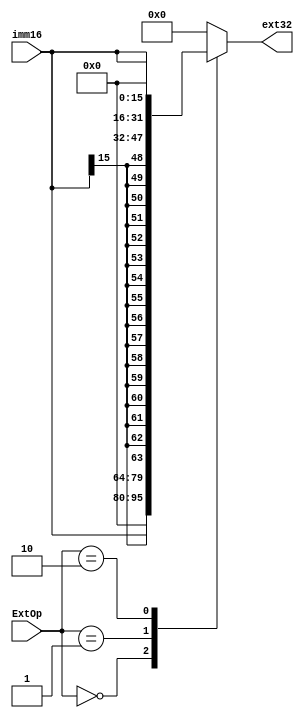
module ext(imm16, ExtOp, ext32);
  input [15:0] imm16;
  input [1:0] ExtOp;
  output reg [31:0] ext32;
  
  always@(*)
    begin
      case(ExtOp)
        2'b00:
          begin
            ext32 = {16'b0, imm16};
          end
          
        2'b01:
          begin
            ext32 = {{16{imm16[15]}},imm16};
          end
          
        2'b10:
          begin
            ext32 = {imm16, 16'b0};
          end
          
        default:
          begin
            ext32 = 32'b0;
          end
          
      endcase
    
    end

endmodule